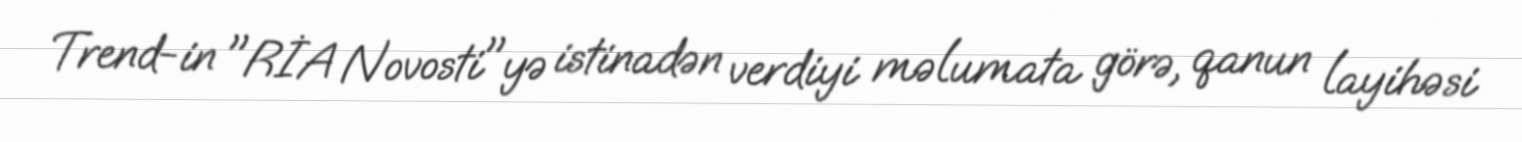
Trend-in "RİA Novosti"yə istinadən verdiyi məlumata görə, qanun layihəsi